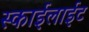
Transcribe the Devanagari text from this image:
स्काईलाईट